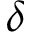
\delta